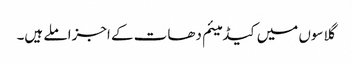
گلاسوں میں کیڈمیئم دھات کے اجزا ملے ہیں۔